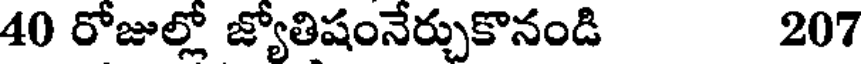
40 రోజుల్లో జ్యోతిషంనేర్చుకొనండి 207